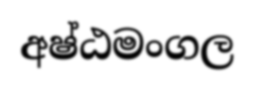
අෂ්ඨමංගල